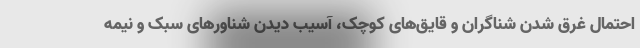
احتمال غرق شدن شناگران و قایق‌های کوچک، آسیب دیدن شناورهای سبک و نیمه